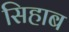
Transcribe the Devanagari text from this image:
सिहाब